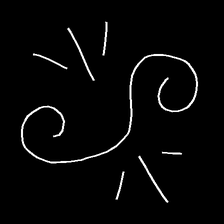
Glyph: wind-directs-air